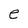
Character: e